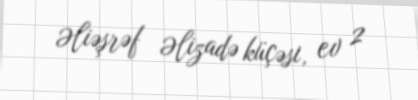
Əliəşrəf Əlizadə küçəsi, ev 2